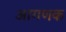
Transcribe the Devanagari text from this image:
आगणक